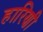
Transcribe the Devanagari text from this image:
हारिणी